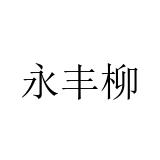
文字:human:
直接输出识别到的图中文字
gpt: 永丰柳